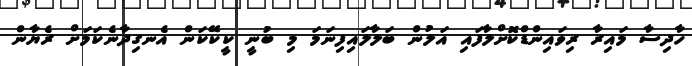
ހާދިސާ މައިރާ ރިވައިންޑްކޮށްލާފައި އަލުން ބަލާލައިފިނަމަ މި ބުނީ ކީކޭކަން އެނގިދާނެކަމަށް ރެޔާން